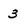
Character: 3